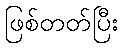
ဖြစ်တတ်ပြီး